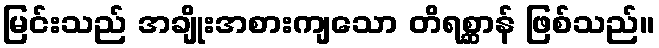
မြင်းသည် အချိုးအစားကျသော တိရစ္ဆာန် ဖြစ်သည်။